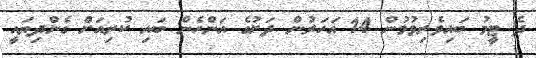
ދެ ޓީމު ބައިވެރިވުމުން 14 އަހަރުން ދަށުގެ އަންހެން ބައި ކުރިއަށް ގެންދިޔައީ